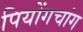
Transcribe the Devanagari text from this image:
पियोंगचांग